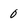
Character: 0